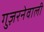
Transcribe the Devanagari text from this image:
गुज़रनेवाली